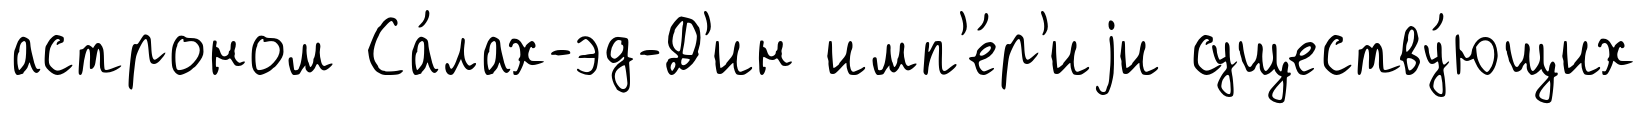
астроном Са́лах-эд-Д'ин имп'е́р'иjи существу́ющих